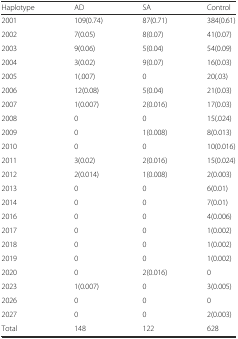
| Haplotype | AD | SA | Control |
 | --- | --- | --- | --- |
 | 2001 | 109(0.74) | 87(0.71) | 384(0.61) |
 | 2002 | 7(0.05) | 8(0.07) | 41(0.07) |
 | 2003 | 9(0.06) | 5(0.04) | 54(0.09) |
 | 2004 | 3(0.02) | 9(0.07) | 16(0.03) |
 | 2005 | 1(.007) | 0 | 20(.03) |
 | 2006 | 12(0.08) | 5(0.04) | 21(0.03) |
 | 2007 | 1(0.007) | 2(0.016) | 17(0.03) |
 | 2008 | 0 | 0 | 15(.024) |
 | 2009 | 0 | 1(0.008) | 8(0.013) |
 | 2010 | 0 | 0 | 10(0.016) |
 | 2011 | 3(0.02) | 2(0.016) | 15(0.024) |
 | 2012 | 2(0.014) | 1(0.008) | 2(0.003) |
 | 2013 | 0 | 0 | 6(0.01) |
 | 2014 | 0 | 0 | 7(0.01) |
 | 2016 | 0 | 0 | 4(0.006) |
 | 2017 | 0 | 0 | 1(0.002) |
 | 2018 | 0 | 0 | 1(0.002) |
 | 2019 | 0 | 0 | 1(0.002) |
 | 2020 | 0 | 2(0.016) | 0 |
 | 2023 | 1(0.007) | 0 | 3(0.005) |
 | 2026 | 0 | 0 | 0 |
 | 2027 | 0 | 0 | 2(0.003) |
 | Total | 148 | 122 | 628 |